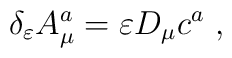
\delta_{\varepsilon} A_{\mu} ^{a} = \varepsilon D_{\mu}c^{a}~,